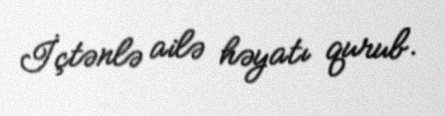
İçtənlə ailə həyatı qurub.